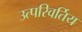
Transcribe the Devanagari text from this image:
उत्परिवर्तिय